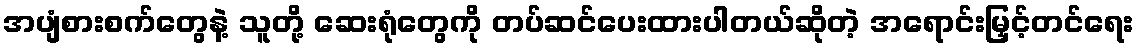
အပျံစားစက်တွေနဲ့ သူတို့ ဆေးရုံတွေကို တပ်ဆင်ပေးထားပါတယ်ဆိုတဲ့ အရောင်းမြှင့်တင်ရေး